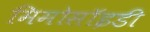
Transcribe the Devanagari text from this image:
मिमोसॉइडी